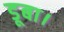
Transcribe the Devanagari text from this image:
डूबा।